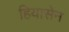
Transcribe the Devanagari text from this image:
हियासेन